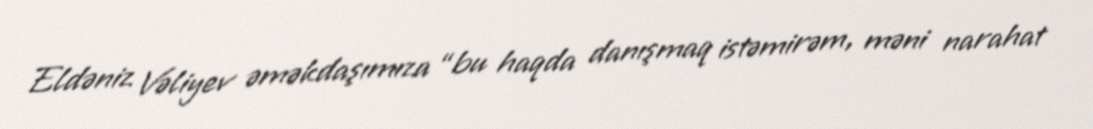
Eldəniz Vəliyev əməkdaşımıza “bu haqda danışmaq istəmirəm, məni narahat